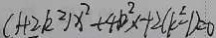
( 1 + 2 k ^ { 2 } ) x ^ { 2 } + 4 b ^ { 2 } x + 2 ( k ^ { 2 } - 1 ) = 0